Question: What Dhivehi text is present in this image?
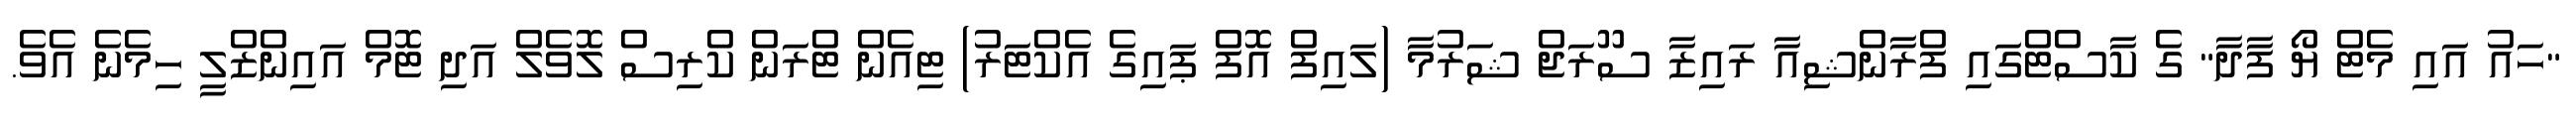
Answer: "ހައު އައި މެޓް ޔޯ ފާދާ" ގެ ކާސްޓްގައި ފްރާންޝިއާ ރައިޒާ ސޫރަޖް ޝަރުމާ (ލައިފް އޮފް ޕައިގެ އެކްޓަރު) ޓިއެން ޓްރަން ކްރިސް ލޮވެލް އަދި ޓޮމް އައިންޒްލީ ހިމެނެ އެވެ.